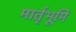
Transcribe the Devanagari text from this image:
मार्तृभूमि